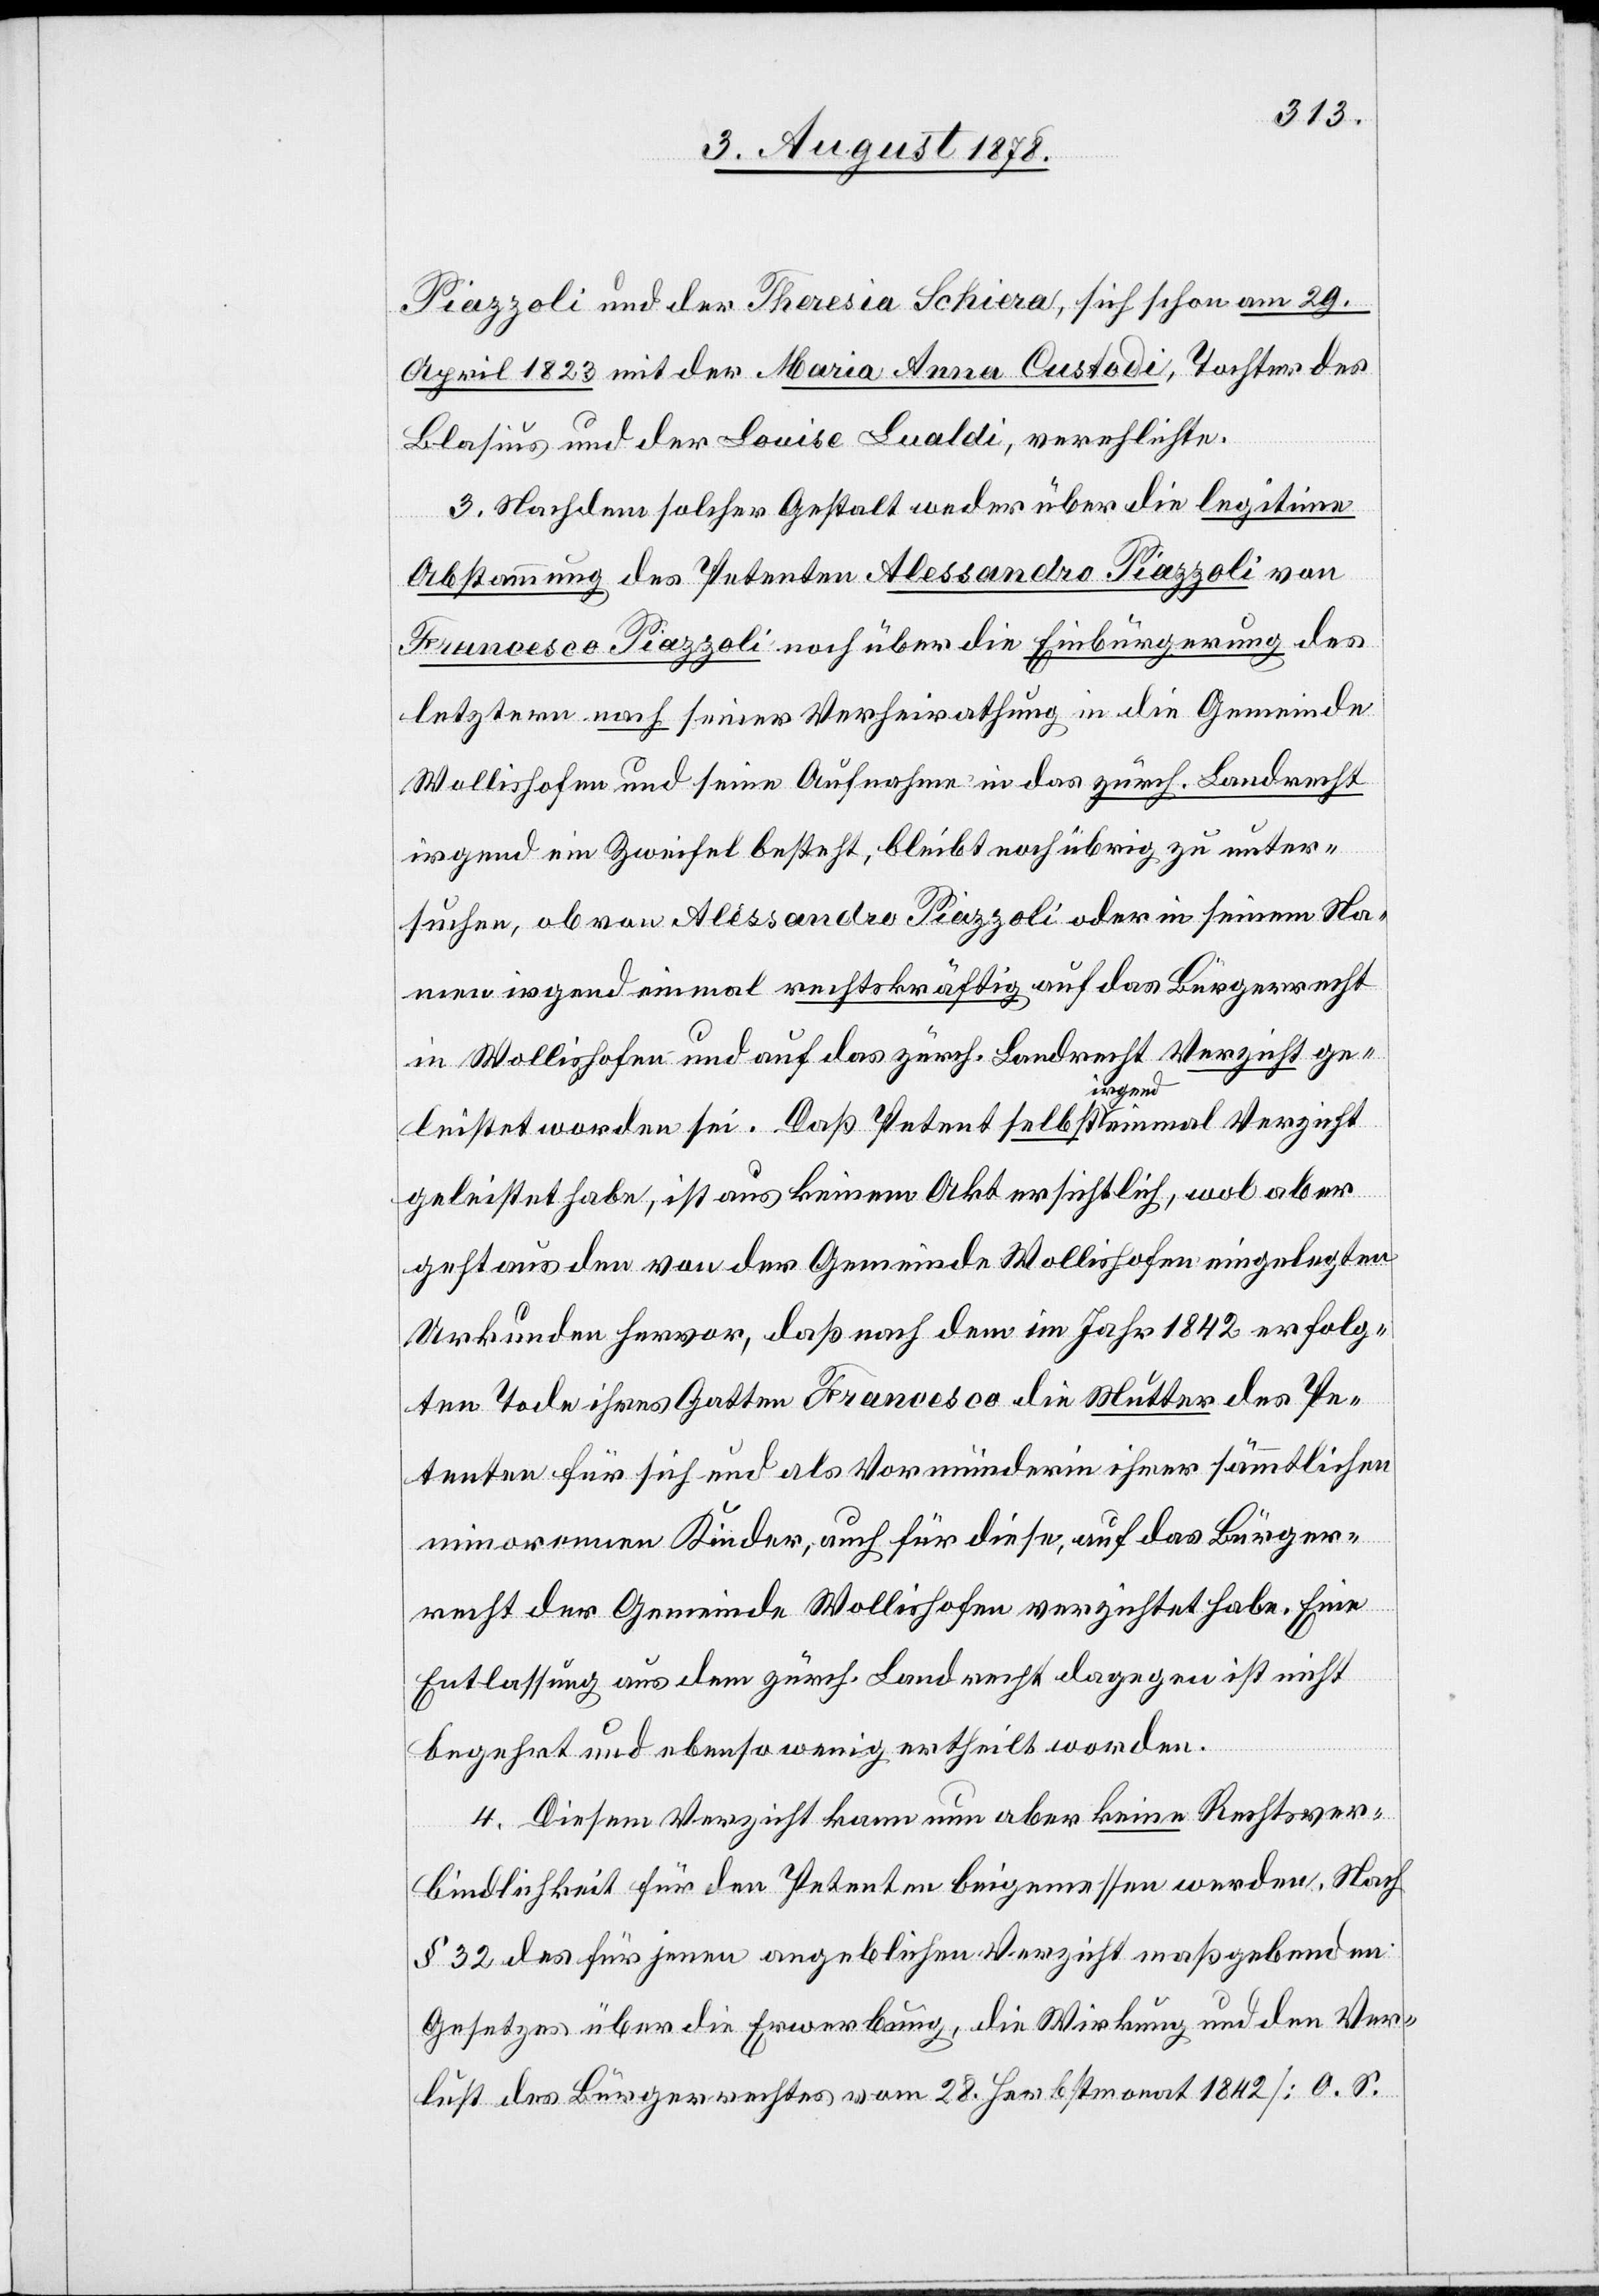
Piazzoli und der Theresia Schiera, sich schon am 29.
April 1823 mit der Maria Anna Custodi, Tochter des
Blasius und der Louise Lualdi, verehelichte.
3. Nachdem solcher Gestalt weder über die legitime
Abstammung des Petenten Alessandro Piazzoli von
Francesco Piazzoli noch über die Einbürgerung des
letztern nach seiner Verheirathung in die Gemeinde
Wollishofen und seine Aufnahme in das zürch. Landrecht
irgend ein Zweifel besteht, bleibt noch übrig zu unter¬
suchen, ob von Alessandro Piazzoli oder in seinem Na¬
men irgend einmal rechtskräftig auf das Bürgerrecht
in Wollishofen und auf das zürch. Landrecht Verzicht ge¬
leistet worden sei. Daß Petent selbst a-irgend-a einmal Verzicht
geleistet habe, ist aus keinem Akt ersichtlich, wol aber
geht aus den von der Gemeinde Wollishofen eingelegten
Urkunden hervor, daß nach dem im Jahr 1842 erfolg¬
ten Tode ihres Gatten Francesco die Mutter des Pe¬
tenten für sich und als Vormünderin ihrer sämmtlichen
minorennen Kinder, auch für diese, auf das Bürger¬
recht der Gemeinde Wollishofen verzichtet habe. Eine
Entlassung aus dem zürch. Landrecht dagegen ist nicht
begehrt und ebenso wenig ertheilt worden.
4. Diesem Verzicht kann nun aber keine Rechtsver¬
bindlichkeit für den Petenten beigemessen werden. Nach
§ 32 des für jenen angeblichen Verzicht maßgebenden
Gesetzes über die Erwerbung, die Wirkung und den Ver¬
lust des Bürgerrechtes vom 28. Herbstmonat 1842 [O. S.